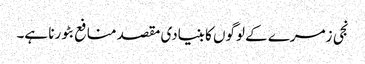
نجی زمرے کے لوگوں کا بنیادی مقصد منافع بٹورنا ہے۔